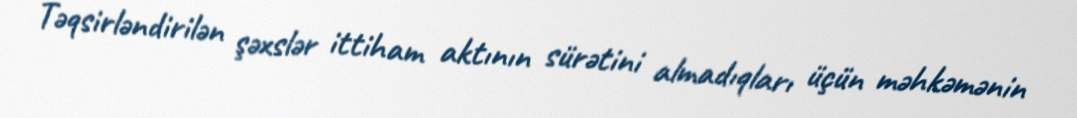
Təqsirləndirilən şəxslər ittiham aktının sürətini almadıqları üçün məhkəmənin